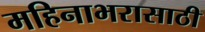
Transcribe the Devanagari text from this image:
महिनाभरासाठी